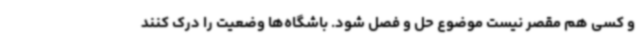
و کسی هم مقصر نیست موضوع حل و فصل شود. باشگاه‌ها وضعیت را درک کنند